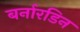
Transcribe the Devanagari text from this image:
बर्नारडिन